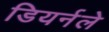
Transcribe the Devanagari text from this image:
डियर्नले